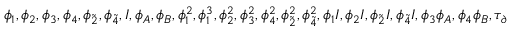
\phi _ { 1 } , \phi _ { 2 } , \phi _ { 3 } , \phi _ { 4 } , \phi _ { \tilde { 2 } } , \phi _ { \tilde { 4 } } , I , \phi _ { A } , \phi _ { B } , \phi _ { 1 } ^ { 2 } , \phi _ { 1 } ^ { 3 } , \phi _ { 2 } ^ { 2 } , \phi _ { 3 } ^ { 2 } , \phi _ { 4 } ^ { 2 } , \phi _ { \tilde { 2 } } ^ { 2 } , \phi _ { \tilde { 4 } } ^ { 2 } , \phi _ { 1 } I , \phi _ { 2 } I , \phi _ { \tilde { 2 } } I , \phi _ { \tilde { 4 } } I , \phi _ { 3 } \phi _ { A } , \phi _ { 4 } \phi _ { B } , \tau _ { \partial }